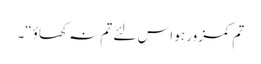
تم کمزور ہو اس لئے تم نہ کھاؤ“۔